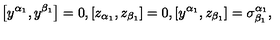
\left[ y ^ { \alpha _ { 1 } } , y ^ { \beta _ { 1 } } \right] = 0 , \left[ z _ { \alpha _ { 1 } } , z _ { \beta _ { 1 } } \right] = 0 , \left[ y ^ { \alpha _ { 1 } } , z _ { \beta _ { 1 } } \right] = \sigma _ { \beta _ { 1 } } ^ { \alpha _ { 1 } } ,